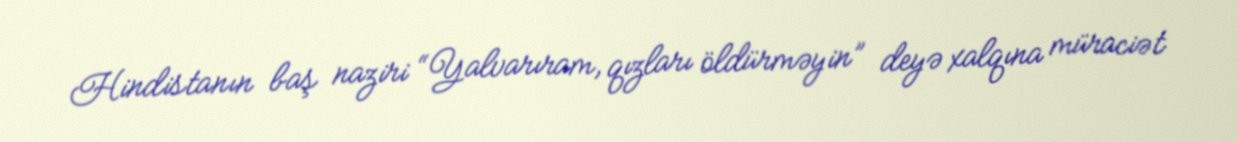
Hindistanın baş naziri “Yalvarıram, qızları öldürməyin” deyə xalqına müraciət